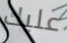
عليك